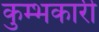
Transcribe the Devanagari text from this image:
कुम्भकारी